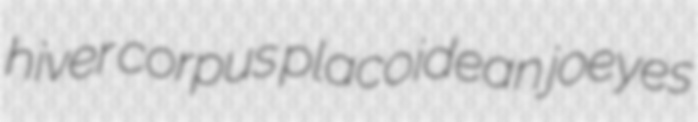
hiver corpus placoidean joeyes